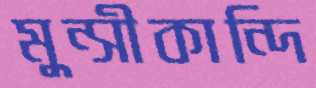
মুন্সীকান্দি